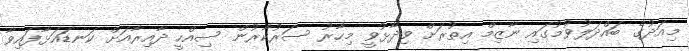
މިއަދުގެ ބައްދަލުވުމުގައި ނާޒިމް އިތުރަށް ވިދާޅުވީ މިހާރު ސަރުކާރުން ސިއްހީ ދާއިރާއަށް ކަނޑައަޅާފައިވާ